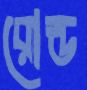
রোল্ড